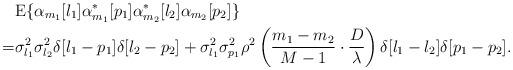
LaTeX: \begin{align*}&\mathrm{E}\{\alpha_{m_1}[l_1]\alpha_{m_1}^*[p_1]\alpha_{m_2}^*[l_2]\alpha_{m_2}[p_2]\}\\=&\sigma_{l_1}^2\sigma_{l_2}^2\delta[l_1-p_1]\delta[l_2-p_2]+\sigma_{l_1}^2\sigma_{p_1}^2\rho^2\left(\frac{m_1-m_2}{M-1}\cdot\frac{D}{\lambda}\right)\delta[l_1-l_2]\delta[p_1-p_2].\end{align*}